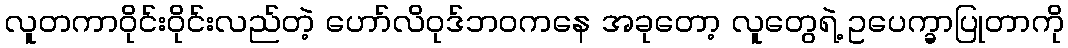
လူတကာဝိုင်းဝိုင်းလည်တဲ့ ဟော်လိဝုဒ်ဘဝကနေ အခုတော့ လူတွေရဲ့ ဥပေက္ခာပြုတာကို